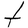
Character: t